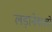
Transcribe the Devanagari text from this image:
लड़ानेवालों